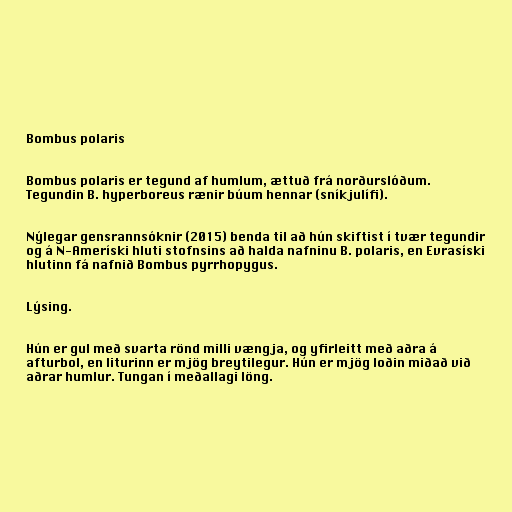
Bombus polaris

Bombus polaris er tegund af humlum, ættuð frá norðurslóðum.
Tegundin B. hyperboreus rænir búum hennar (sníkjulífi).

Nýlegar gensrannsóknir (2015) benda til að hún skiftist í tvær tegundir
og á N-Ameríski hluti stofnsins að halda nafninu B. polaris, en Evrasíski
hlutinn fá nafnið Bombus pyrrhopygus.

Lýsing.

Hún er gul með svarta rönd milli vængja, og yfirleitt með aðra á
afturbol, en liturinn er mjög breytilegur. Hún er mjög loðin miðað við
aðrar humlur. Tungan í meðallagi löng.